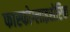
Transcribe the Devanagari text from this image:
फास्फोग्लाइसेरिक